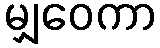
မျှဝေကာ